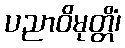
ပညာဝိမုတ္တိံ၊